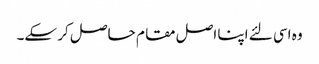
وہ اسی لئے اپنا اصل مقا م حاصل کر سکے۔